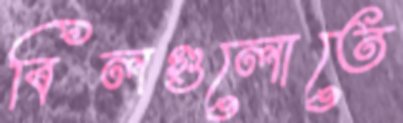
বিলগুলোতে